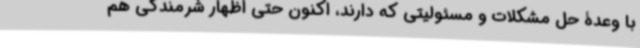
با وعدۀ حل مشکلات و مسئولیتی که دارند، اکنون حتی اظهار شرمندگی هم